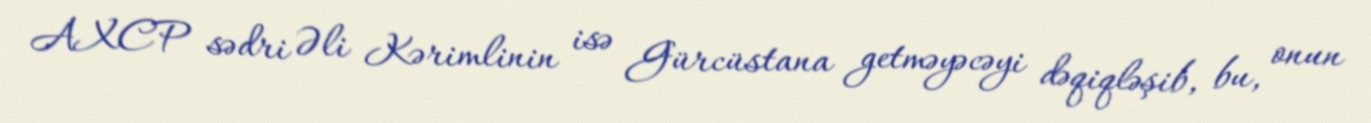
AXCP sədri Əli Kərimlinin isə Gürcüstana getməyəcəyi dəqiqləşib, bu, onun